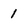
Character: 1